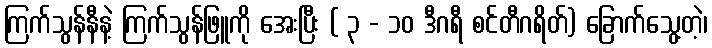
ကြက်သွန်နီနဲ့ ကြက်သွန်ဖြူကို အေးပြီး ( ၃ - ၁၀ ဒီဂရီ စင်တီဂရိတ်) ခြောက်သွေ့တဲ့၊